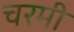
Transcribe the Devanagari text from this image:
चरमी